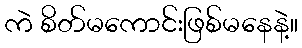
ကဲ စိတ်မကောင်းဖြစ်မနေနဲ့။